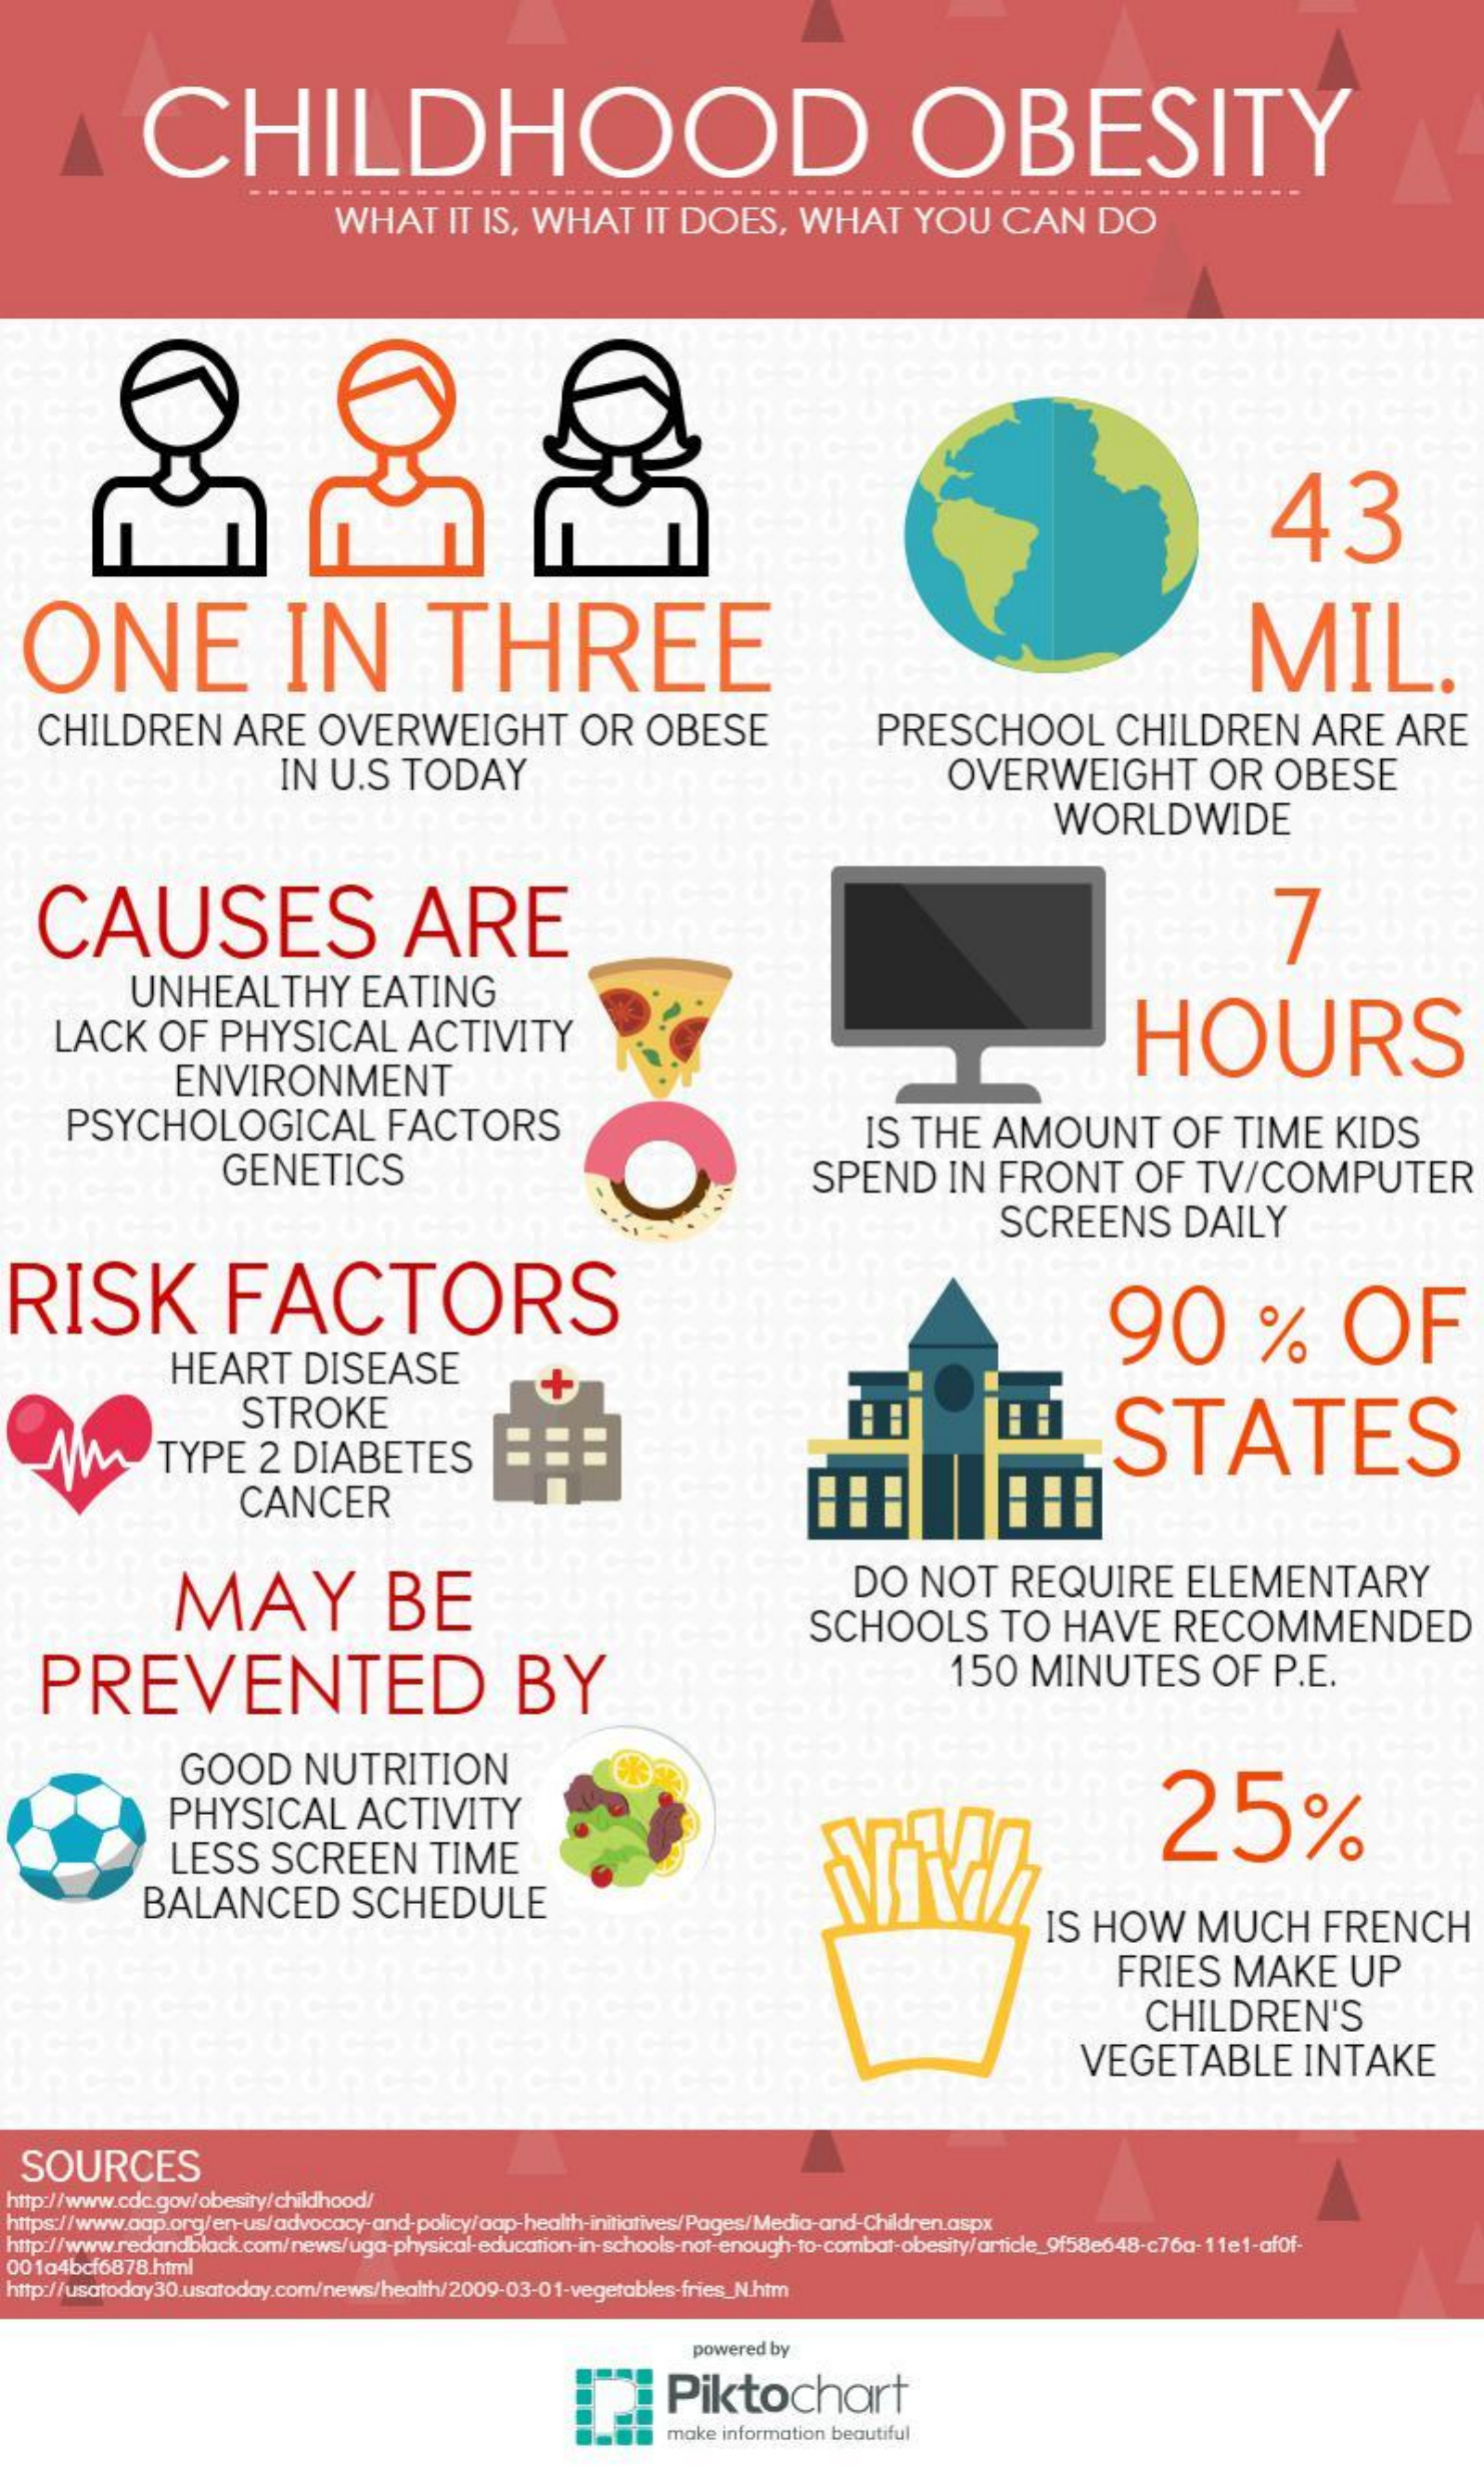
CHILDHOOD    OBESITY
     WHAT    IT IS,  WHAT    IT  DOES,    WHAT    YOU    CAN    DO
     43
  ONE    IN    THREE    MIL.
    CHILDREN    ARE    OVERWEIGHT    OR    OBESE    PRESCHOOL    CHILDREN    ARE    ARE
     IN  U.S    TODAY    OVERWEIGHT    OR    OBESE
     WORLDWIDE
    CAUSES    ARE
     UNHEALTHY    EATING
     LACK    OF    PHYSICAL    ACTIVITY    HOURS
     ENVIRONMENT
     PSYCHOLOGICAL    FACTORS
     GENETICS
     IS  THE    AMOUNT    OF    TIME    KIDS
     SPEND    IN  FRONT    OF    TV/COMPUTER
     SCREENS    DAILY
  RISK    FACTORS    90    %    OF
     HEART    DISEASE
     STROKE
     TYPE    2  DIABETES    STATES
     CANCER
     MAY    BE
     DO    NOT    REQUIRE    ELEMENTARY
     SCHOOLS    TO    HAVE    RECOMMENDED
    PREVENTED    BY    150    MINUTES    OF    P.E.
     GOOD    NUTRITION
     PHYSICAL    ACTIVITY    25%
     LESS    SCREEN    TIME
     BALANCED    SCHEDULE
     IS  HOW    MUCH    FRENCH
     FRIES    MAKE    UP
     CHILDREN'S
     VEGETABLE    INTAKE
  SOURCES
  http://www.cdc.gov/obesity/childhood/
  https://www.aap.org/en-us/advocacy-and-policy/aap-health-initiatives/Pages/Media-and-Children.aspx
  00 1a4bcf6878.html
  http://www.redandblack.com/news/uga-physical-education-in-schools-not-enough-to-combat-obesity/article_9f58e648-c76a-11e1-afof-
  http://usatoday30.usatoday.com/news/health/2009-03-01-vegetables-fries_N.htm
     powered by
     Piktochart
     make information beautiful